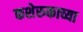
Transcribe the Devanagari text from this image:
कशेरुकाच्या